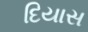
દિયાસ